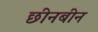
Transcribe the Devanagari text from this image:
छीनबीन